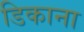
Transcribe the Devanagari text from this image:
डिकाना